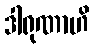
ဒါရုဏာဟိ